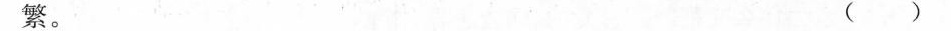
繁。 ( )